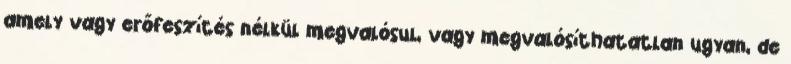
amely vagy erőfeszítés nélkül megvalósul, vagy megvalósíthatatlan ugyan, de